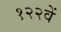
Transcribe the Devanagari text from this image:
१२२वें